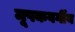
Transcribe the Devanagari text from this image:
मूषकवर्गीय